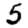
Digit: 5